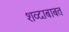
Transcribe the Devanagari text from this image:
शव्दाबाबत